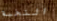
النخبة